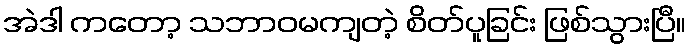
အဲဒါ ကတော့ သဘာဝမကျတဲ့ စိတ်ပူခြင်း ဖြစ်သွားပြီ။